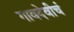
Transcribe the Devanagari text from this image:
गावदेवीचं